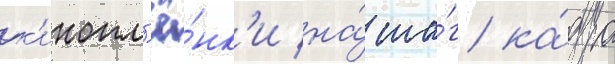
к'инопл'ё́нк'и на́ ша́г ка́дра